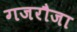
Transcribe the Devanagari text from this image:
गजरौजा